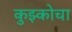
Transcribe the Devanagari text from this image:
कुझ्कोचा